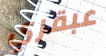
عبقري